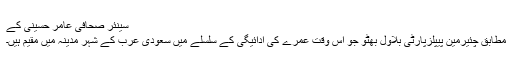
سینئر صحافی عامر حسینی کے
مطابق چئیرمین پیپلزپارٹی بلاول بھٹو جو اس وقت عمرے کی ادائیگی کے سلسلے میں سعودی عرب کے شہر مدینہ میں مقیم ہیں۔